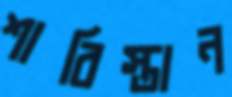
শাবিস্তান